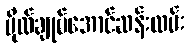
ဗိုလ်ချုပ်အောင်ဆန်းလမ်း